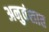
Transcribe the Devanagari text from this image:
अनुवंशात